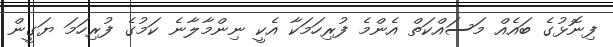
ފިނޮޅުގެ ބައެއް މަސައްކަތް އެންމެ ފުރިހަމަކާ އެކީ ނިންމާލާނެ ކަމުގެ ފުރިހަމަ ޔަގީން